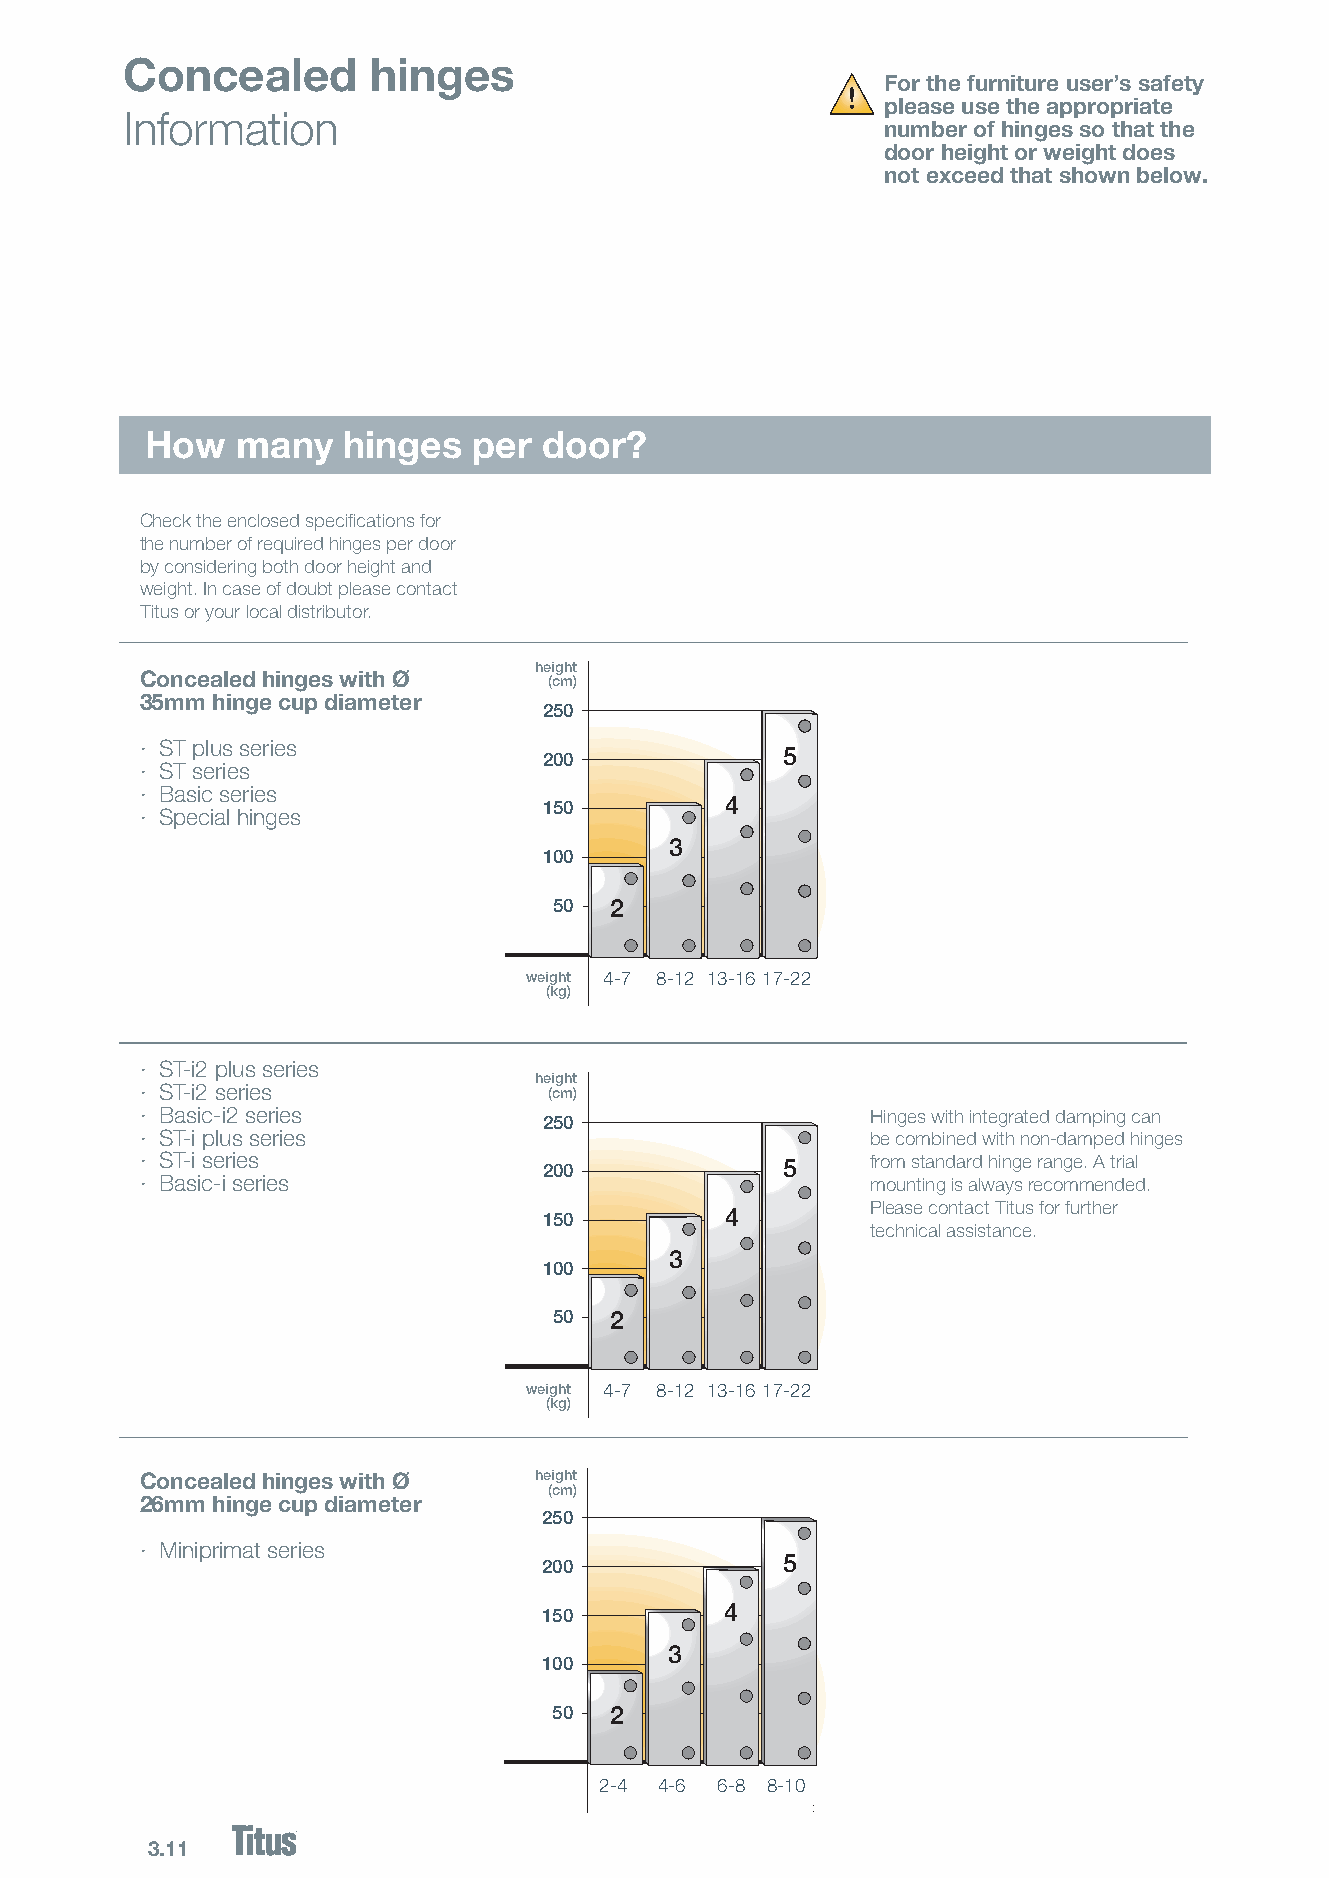
Concealed       hinges
 For the furniture user’s safety
 please use the appropriate
 Information
 number of hinges so that the
 door height or weight does
 not exceed that shown below.
 How   many   hinges  per  door?
 Check the enclosed specifications for
 the number of required hinges per door
 by considering both door height and
 weight. In case of doubt please contact
 Titus or your local distributor.
 height
 Concealed hinges with Ø    (cm)
 35mm hinge cup diameter
 225500
 · ST plus series
 220000          5
 · ST series
 · Basic series
 115500      4
 · Special hinges
 3
 110000
 5500 2
 weight 44--77 88--1122 1133--1166 1177--2222
 (kg)
 · ST-i2 plus series
 height
 · ST-i2 series             (cm)
 · Basic-i2 series                                Hinges with integrated damping can
 225500
 · ST-i plus series                               be combined with non-damped hinges
 · ST-i series              220000          5     from standard hinge range. A trial
 · Basic-i series                                 mounting is always recommended.
 Please contact Titus for further
 115500      4
 technical assistance.
 3
 110000
 5500 2
 weight 44--77 88--1122 1133--1166 1177--2222
 (kg)
 Concealed hinges with Ø   height
 (cm)
 26mm hinge cup diameter
 225500
 · Miniprimat series
 220000          5
 115500      4
 3
 110000
 5500 2
 22--44 44--66 66--88 88--1100
 3.11